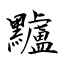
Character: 黸